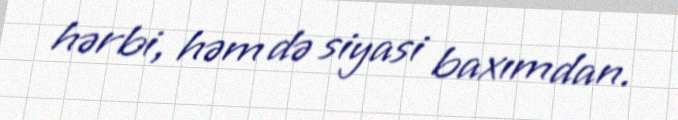
hərbi, həm də siyasi baxımdan.